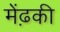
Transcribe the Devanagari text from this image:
मेंढ़की